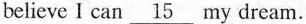
believe I can \underline{15} my dream.